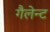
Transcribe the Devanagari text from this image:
गैलेन्ट